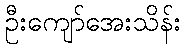
ဦးကျော်အေးသိန်း